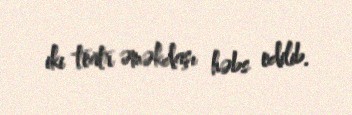
iki teatr əməkdaşı həbs edilib.